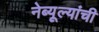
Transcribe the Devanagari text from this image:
नेब्यूल्यांची